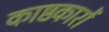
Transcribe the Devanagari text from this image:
काष्ठकारों